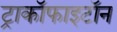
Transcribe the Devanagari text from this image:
ट्राकॉफाइटॉन